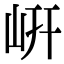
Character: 岍